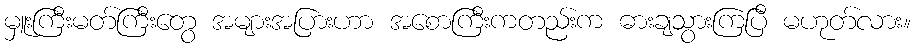
မှူးကြီးမတ်ကြီးတွေ အများအပြားဟာ အစောကြီးကတည်းက ဓားချသွားကြပြီ မဟုတ်လား။